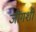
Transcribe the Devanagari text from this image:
जींगशी